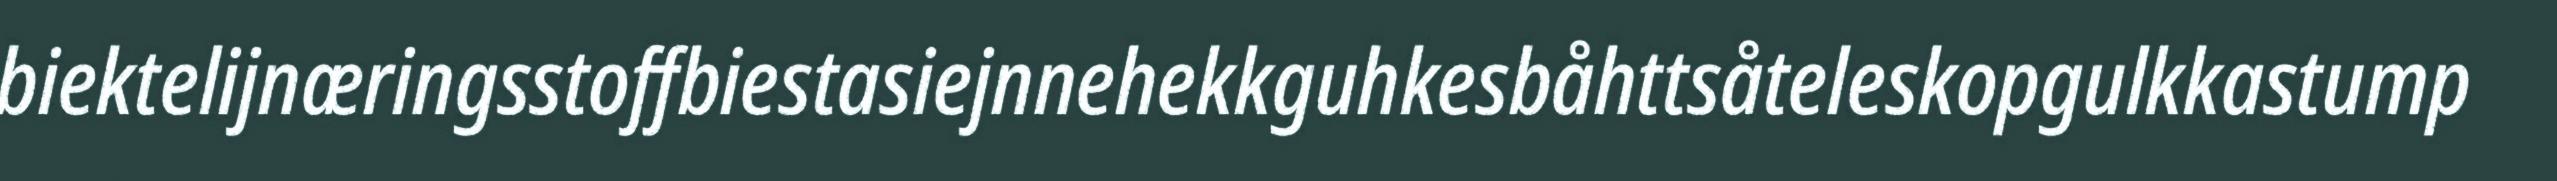
biektelijnæringsstoffbiestasiejnnehekkguhkesbåhttsåteleskopgulkkastump